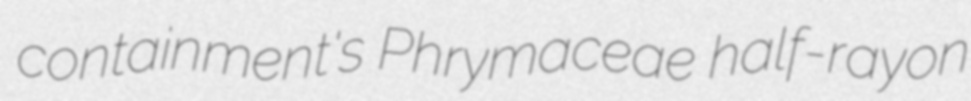
containment's Phrymaceae half-rayon